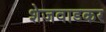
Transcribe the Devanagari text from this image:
शेजवाडकर